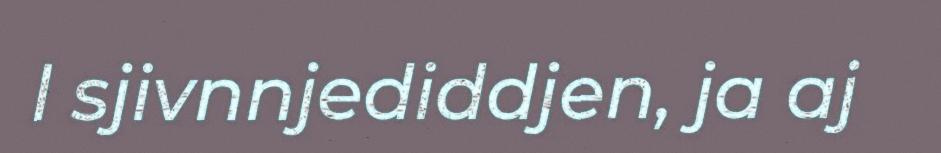
l sjivnnjediddjen, ja aj